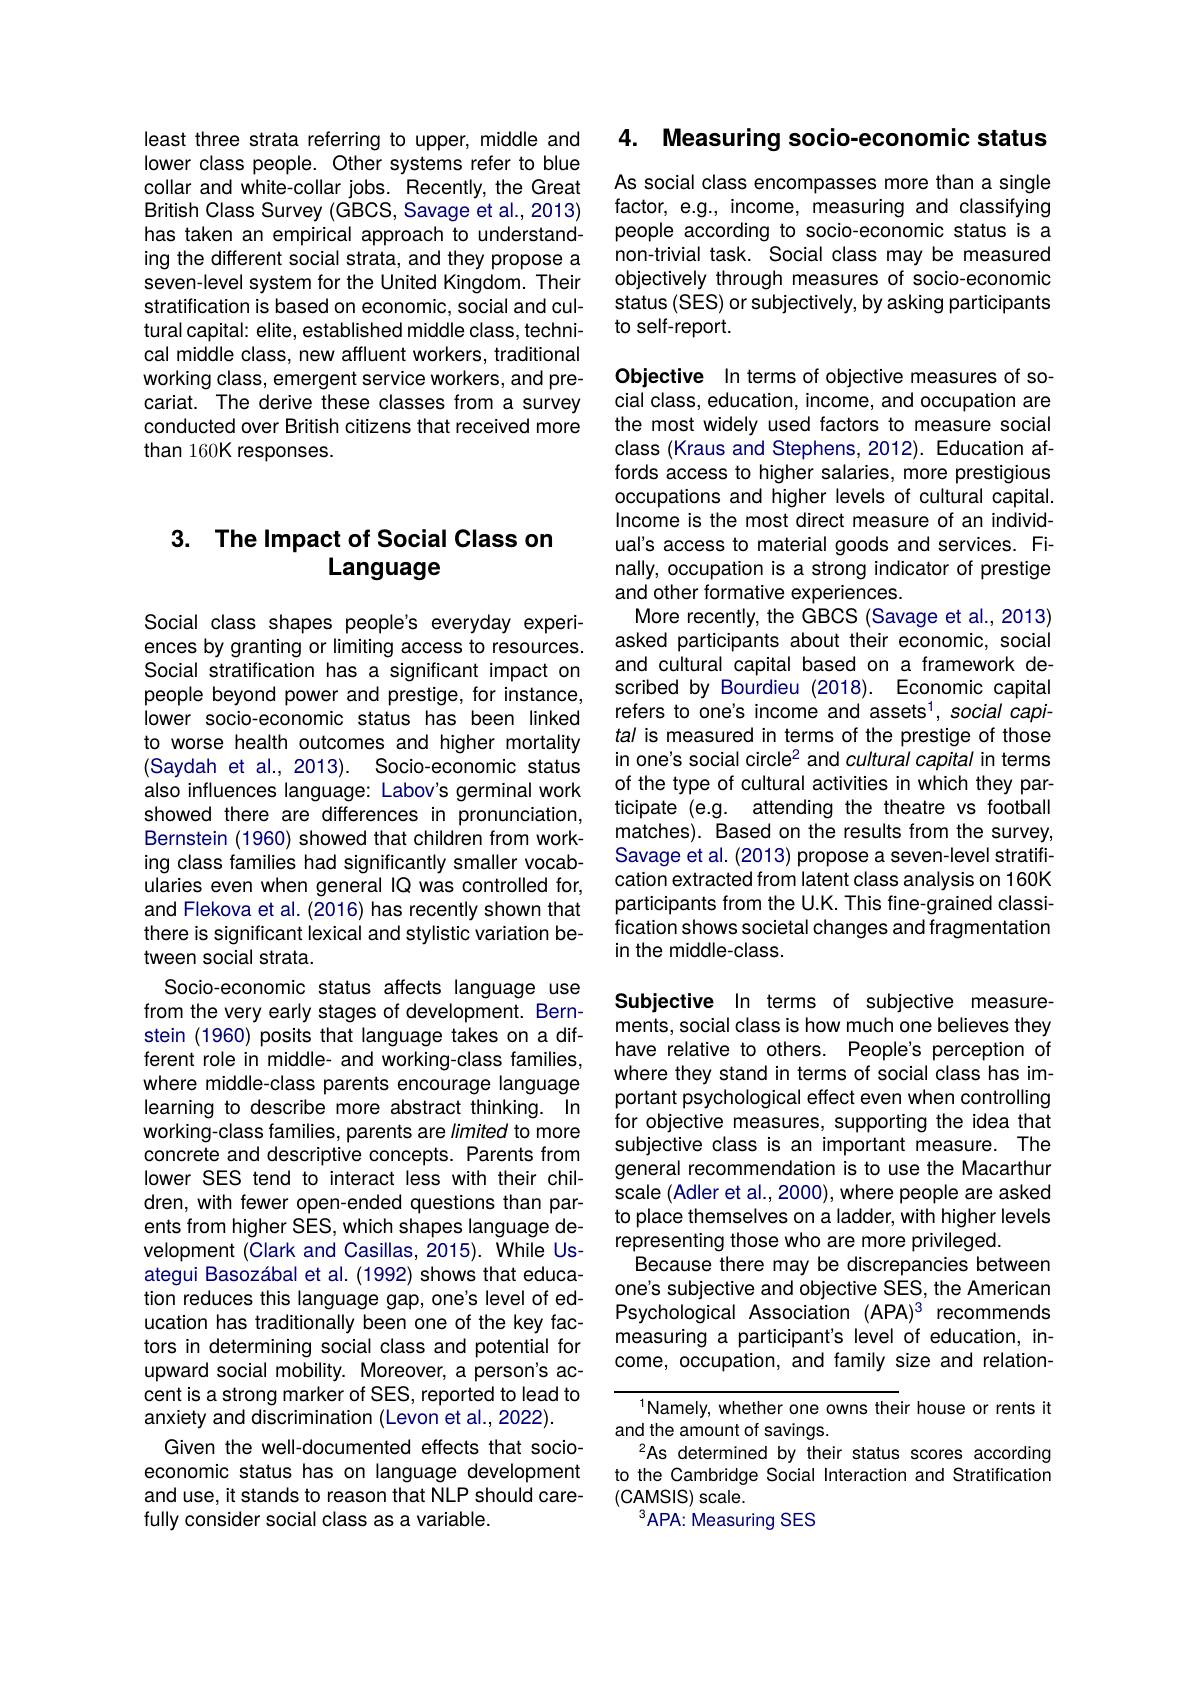
least three strata referring to upper, middle and lower class people. Other systems refer to blue collar and white-collar jobs. Recently, the Great British Class Survey (GBCS, Savage et al., 2013) has taken an empirical approach to understanding the different social strata, and they propose a seven-level system for the United Kingdom. Their stratification is based on economic, social and cultural capital: elite, established middle class, technical middle class, new affluent workers, traditional working class, emergent service workers, and precariat. The derive these classes from a survey conducted over British citizens that received more than 160K responses.

## 3. The Impact of Social Class on Language

Social class shapes people's everyday experiences by granting or limiting access to resources. Social stratification has a significant impact on people beyond power and prestige, for instance, lower socio-economic status has been linked to worse health outcomes and higher mortality (Saydah et al., 2013). Socio-economic status also influences language: Labov's germinal work showed there are differences in pronunciation, Bernstein (1960) showed that children from working class families had significantly smaller vocabularies even when general IQ was controlled for, and Flekova et al. (2016) has recently shown that there is significant lexical and stylistic variation between social strata.
Socio-economic status affects language use from the very early stages of development. Bernstein (1960) posits that language takes on a different role in middle- and working-class families, where middle-class parents encourage language learning to describe more abstract thinking. In working-class families, parents are limited to more concrete and descriptive concepts. Parents from lower SES tend to interact less with their children, with fewer open-ended questions than parents from higher SES, which shapes language development (Clark and Casillas, 2015). While Usategui Basozábal et al. (1992) shows that education reduces this language gap, one's level of education has traditionally been one of the key factors in determining social class and potential for upward social mobility. Moreover, a person's accent is a strong marker of SES, reported to lead to anxiety and discrimination (Levon et al., 2022).
Given the well-documented effects that socioeconomic status has on language development and use, it stands to reason that NLP should carefully consider social class as a variable.

4. Measuring socio-economic status

As social class encompasses more than a single factor, e.g., income, measuring and classifying people according to socio-economic status is a non-trivial task. Social class may be measured objectively through measures of socio-economic status (SES) or subjectively, by asking participants to self-report.

Objective In terms of objective measures of social class, education, income, and occupation are the most widely used factors to measure social class (Kraus and Stephens, 2012). Education affords access to higher salaries, more prestigious occupations and higher levels of cultural capital. Income is the most direct measure of an individual's access to material goods and services. Finally, occupation is a strong indicator of prestige and other formative experiences.
More recently, the GBCS (Savage et al., 2013) asked participants about their economic, social and cultural capital based on a framework described by Bourdieu (2018). Economic capital refers to one's income and assets$^1$, social capital is measured in terms of the prestige of those in one's social circle2 and cultural capital in terms of the type of cultural activities in which they participate (e.g. attending the theatre vs football matches). Based on the results from the survey, Savage et al. (2013) propose a seven-level stratification extracted from latent class analysis on 160K participants from the U.K. This fine-grained classification shows societal changes and fragmentation in the middle-class.

Subjective In terms of subjective measurements, social class is how much one believes they have relative to others. People's perception of where they stand in terms of social class has important psychological effect even when controlling for objective measures, supporting the idea that subjective class is an important measure. The general recommendation is to use the Macarthur scale (Adler et al., 2000), where people are asked to place themselves on a ladder, with higher levels representing those who are more privileged.
Because there may be discrepancies between one's subjective and objective SES, the American Psychological Association (APA)3 recommends measuring a participant's level of education, income, occupation, and family size and relation-

$^{1}$Namely, whether one owns their house or rents it
and the amount of savings.
As determined by their status scores according to the Cambridge Social Interaction and Stratification (CAMSIS) scale.
$^{3}$APA: Measuring SES